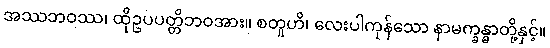
အဿဘဝဿ၊ ထိုဥပပတ္တိဘဝအား။ စတူဟိ၊ လေးပါကုန်သော နာမက္ခန္ဓာတို့နှင့်။